Report on vaccination in Madras 1877-1894 - 1877-1894
Year: 1877
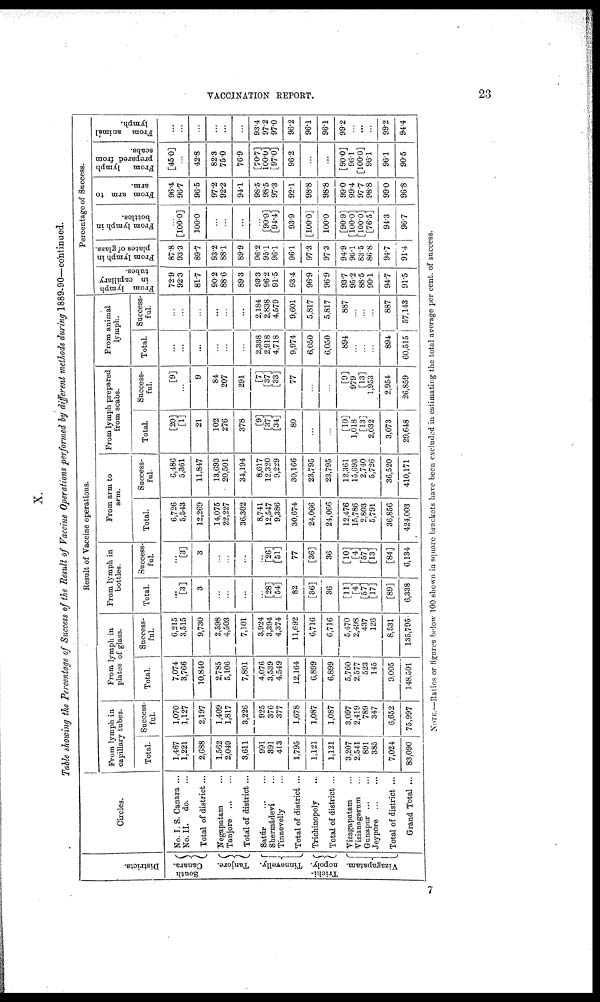
VACCINATION REPORT.
23
X.
Table showing the Percentage of Success of the Result of Vaccine Operations performed by different methods during 1889-90—continued.
Districts.
South
Canara.
Tanjore.
Tinnevelly.
Trichi¬
nopoly.
Vizagapatam.
Circles.
No. I. S. Canara ...
No. II. do. ...
Total of district...
Negapatam ...
Tanjore
...
...
Total of district...
Satúr
...
...
Shermádevi ...
Tinnevelly ...
Total of district ...
Trichinopoly ...
Total of district ...
Vizagapatam ...
Vizianagarum ...
Gunapur ... ...
Jeypore
...
...
Total of district ...
Grand Total ...
Result of Vaccine operations.
From lymph in
capillary tubes.
Total.
1,467
1,221
2,688
1,562
2,049
3,611
991
391
413
1,795
1,121
1,121
3,207
2,541
891
385
7,024
83,090
Success¬ ful.
1,070
1,127
2,197
1,409
1,817
3,226
925
376
377
1,678
1,087
1,087
3,097
2,419
789
347
6,652
75,997
From lymph in
plates of glass.
Total.
7,074
3,766
10,840
2,785
5,106
7,891
4,076
3,539
4,549
12,164
6,899
6,899
5,760
2,577
523
145
9,005
148,501
Success-
ful.
6,215
3,515
9,730
2,598
4,503
7,101
3,924
3,394
4,374
11,692
6,716
6,716
5,470
2,498
437
126
8,531
135,795
From lymph in
bottles.
Total.
...
[3]
3
...
...
...
...
[28]
[54]
82
[36]
36
[11]
[4]
[57]
[17]
[89]
6,338
Success-
ful.
...
[3]
3
...
...
...
...
[26]
[51]
77
[36]
36
[10]
[4]
[57]
[13]
[84]
6,134
From arm to
arm.
Total.
6,726
5,543
12,269
14,075
22,227
36,302
8,741
12,547
9,386
30,674
24,066
24,066
12,476
15,786
2,803
5,791
36,856
424,003
Success-
ful.
6,486
5,361
11,847
13,693
20,501
34,194
8,617
12,320
9,229
30,166
23,795
23,795
12,361
15,693
2,740
5,726
36,520
410,171
From lymph prepared
from scabs.
Total.
[20]
[1]
21
102
276
378
[9]
[37]
[34]
80
...
...
[10]
1,018
[13]
2,032
3,073
29,648
Success-
ful.
[9]
...
9
84
207
291
[7]
[37]
[33]
77
...
...
[9]
979
[13]
1,953
2,954
26,859
From animal
lymph.
Total.
...
...
...
...
...
...
2,338
2,918
4,718
9,974
6,050
6,050
894
...
...
...
894
60,515
Success-
ful.
...
...
...
...
...
...
2,184
2,838
4,579
9,601
5,817
5,817
887
...
...
...
887
57,143
Percentage of Success.
From lymph
in capillary
tubes.
72.9
92.3
81.7
90.2
88.6
89.3
93.3
96.2
91.5
93.4
96.9
96.9
93.7
95.2
88.5
90.1
94.7
91.5
From lymph in
plates of glass.
87.8
93.3
89.7
93.2
88.1
89.9
96.2
95.1
96.1
96.1
97.3
97.3
94.9
96.1
83.5
86.8
94.7
91.4
From lymph in
bottles.
...
[100.0]
100.0
...
...
...
...
[90.0]
[94.4]
93.9
[100.0]
100.0
[90.9]
[100.0]
[100.0]
[76.5]
94.3
96.7
From arm to
arm.
96.4
96.7
96.5
97.2
92.2
94.1
98.5
98.5
97.3
92.1
98.8
98.8
99.0
99.4
97.7
98.8
99.0
96.8
From lymph
prepared from
scabs.
[45.0]
...
42.8
82.3
75.0
76.9
[70.7]
[100.0]
[97.0]
96.2
...
...
[90.0]
96.1
[100.0]
96.1
96.1
90.5
From animál
lymph.
...
...
...
...
...
...
93.4
97.2
97.0
96.2
96.1
96.1
99.2
...
...
...
99.2
94.4
NOTE.—Ratios or figures below 100 shown in square brackets have been excluded in estimating the total average per cent. of success.
7